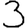
Digit: 3